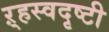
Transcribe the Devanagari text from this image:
ऱ्हस्वदृष्टी